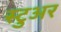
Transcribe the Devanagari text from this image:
स्टुअर